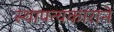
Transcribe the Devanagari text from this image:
स्थापत्यकाराने